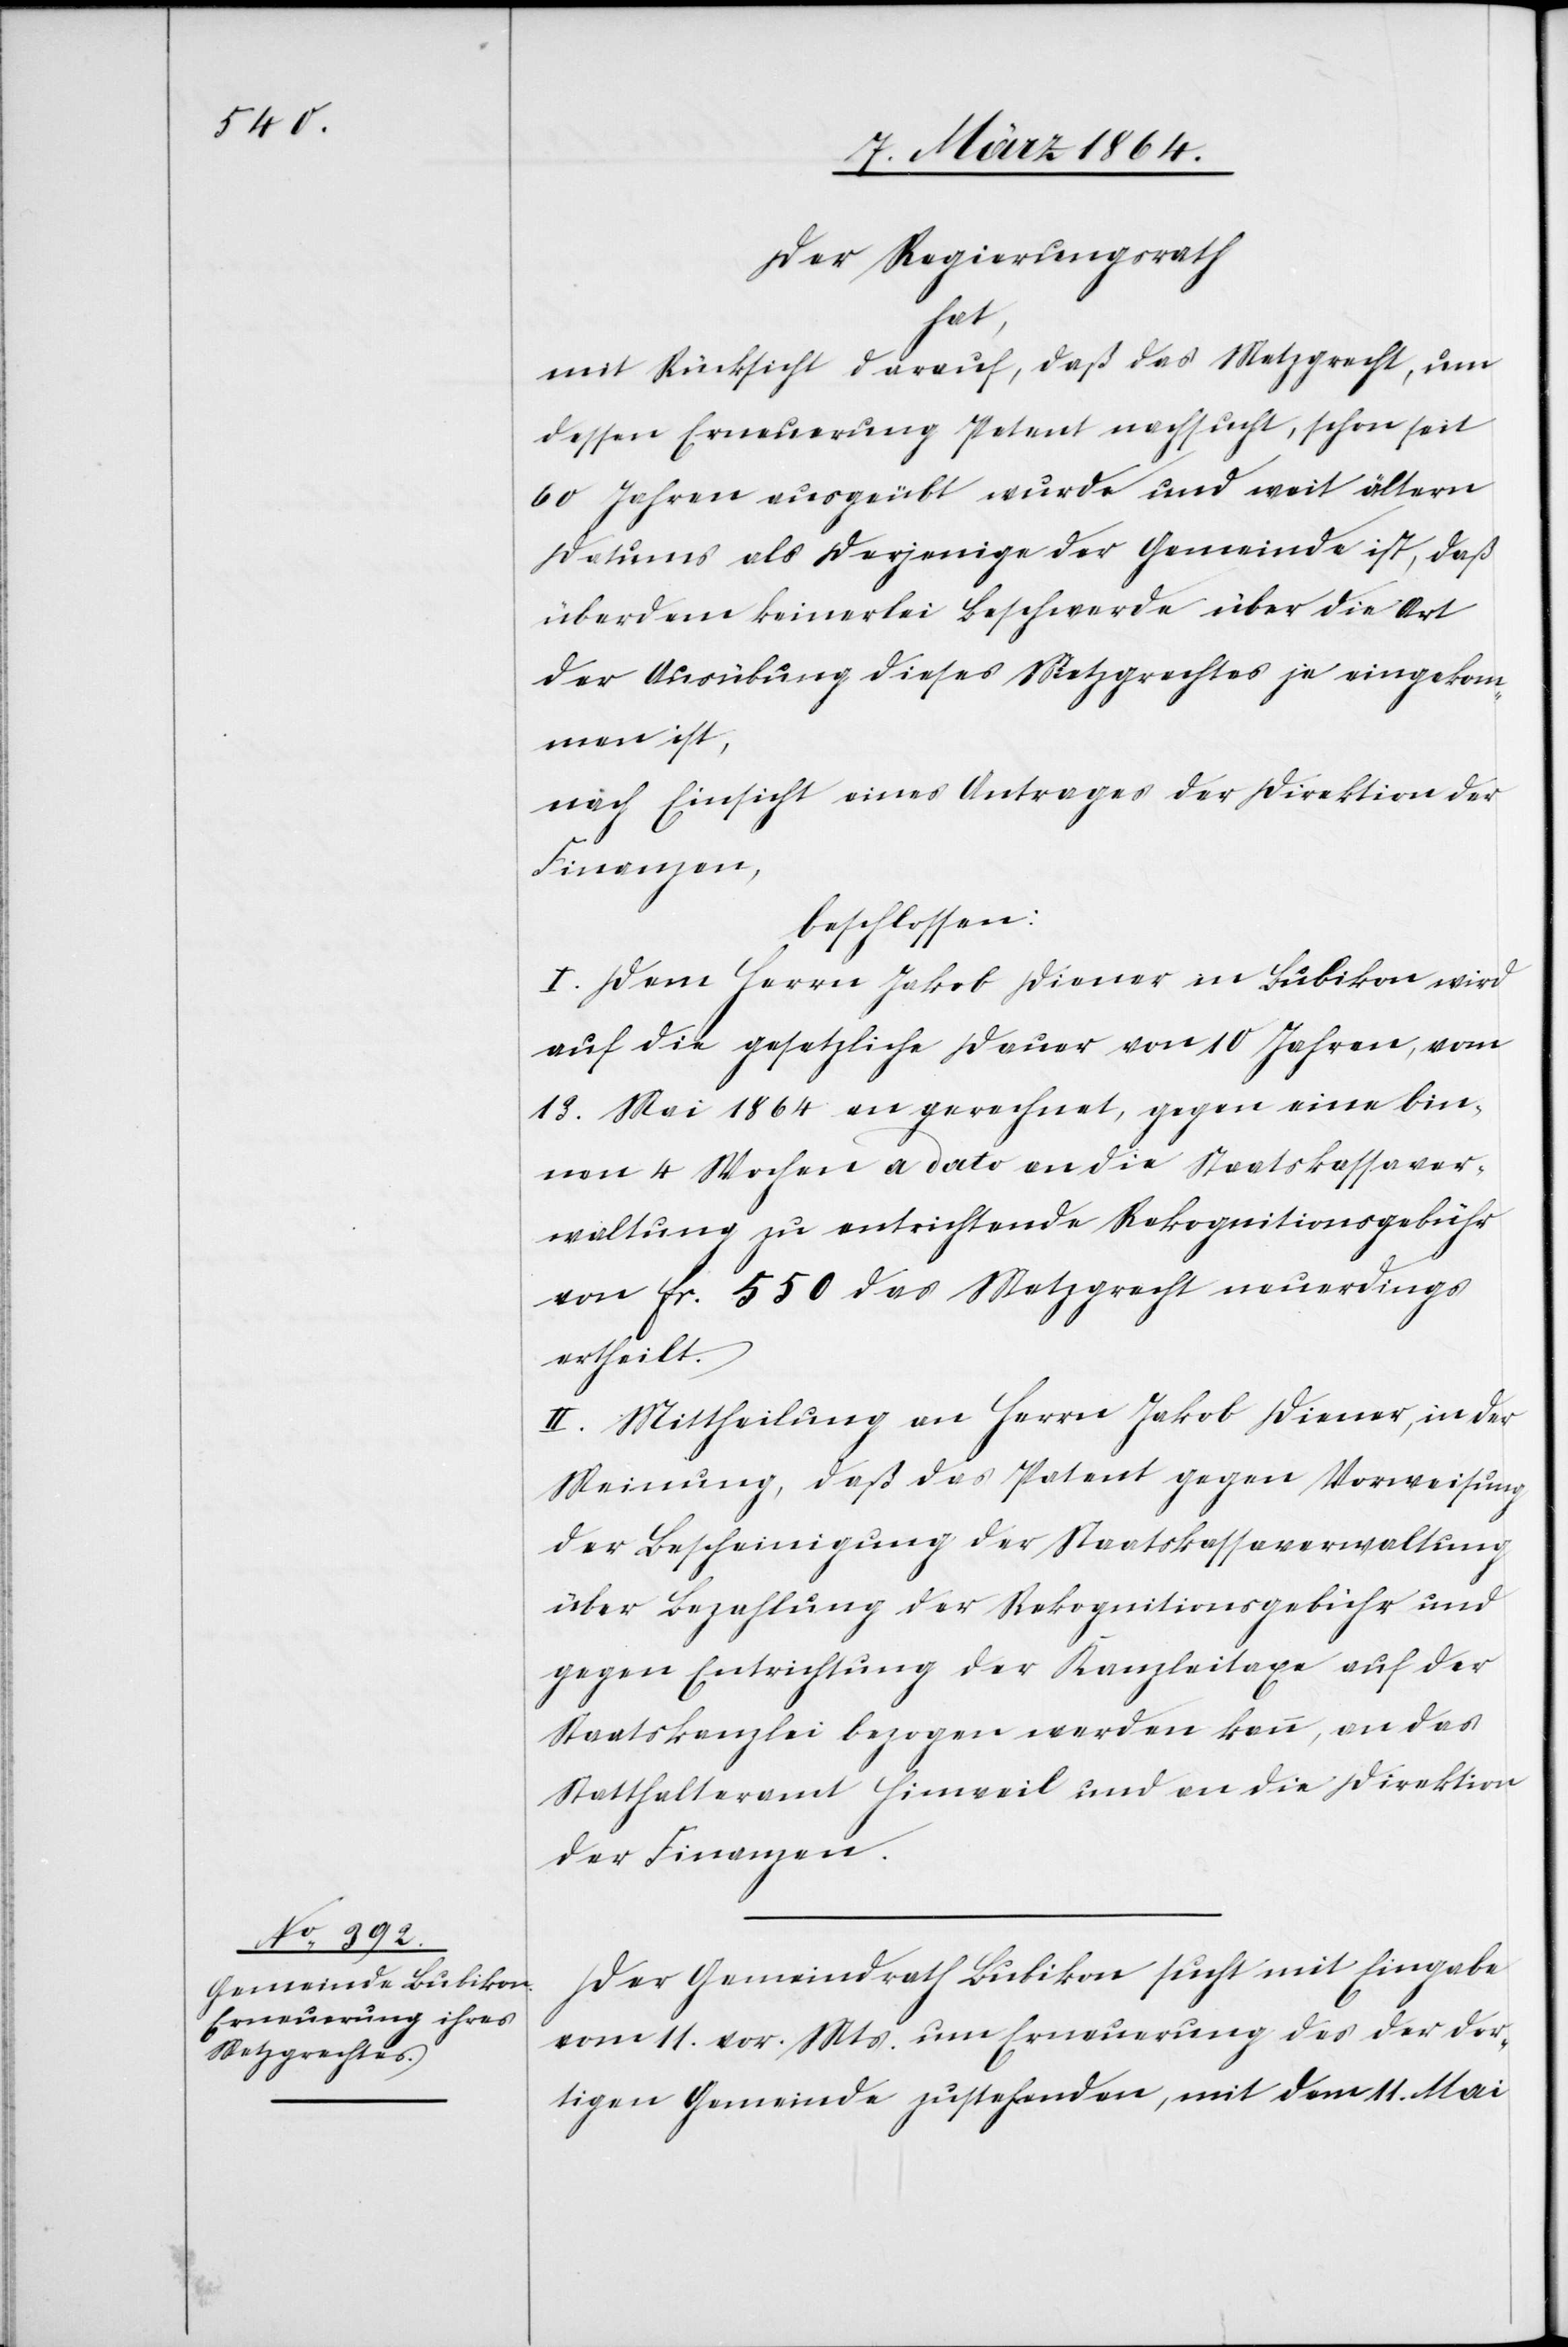
Der Regierungsrath
hat,
nach Rücksicht darauf, daß das Metzgrecht, um
dessen Erneuerung Petent nachsucht, schon seit
60 Jahren ausgeübt wurde und weit ältern
Datums als dasjenige der Gemeinde ist, daß
überdem keinerlei Beschwerde über die Art
der Ausübung dieses Metzgrechtes je eingekom¬
men ist,
nach Einsicht eines Antrages der Direktion der
Finanzen,
beschlossen:
I. Dem Herrn Jakob Diener in Bubikon wird
auf die gesetzliche Dauer von 10 Jahren, vom
13. Mai 1864 an gerechnet, gegen eine bin¬
nen 4 Wochen a dato an die Staatskassaver¬
waltung zu entrichtende Rekognitionsgebühr
von fr. 550 das Metzgrecht neuerdings
ertheilt.
II. Mittheilung an Herrn Jakob Diener, in der
Meinung, daß das Patent gegen Verweisung
der Bescheinigung der Staatskasseverwaltung
über Bezahlung der Rekognitionsgebühr und
gegen Entrichtung der Kanzleitaxe auf der
Staatskanzlei bezogen werden kann, an das
Statthalteramt Hinweil und an die Direktion
der Finanzen.
Der Gemeindrath Bubikon sucht mit Eingabe
vom 11. vor. Mts. um Erneuerung des der dor¬
tigen Gemeinde zustehenden, mit dem 11. Mai